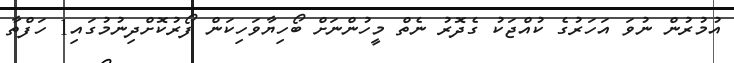
އުމުރުން ނުވަ އަހަރުގެ ކުއްޖަކު ގެދޮރު ނެތް މީހުންނަށް ބޯހިޔާވަހިކަން ފޯރުކޮށްދިނުމުގައި1 ހަފްތާ